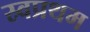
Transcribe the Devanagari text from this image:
स्र्वप्रथम